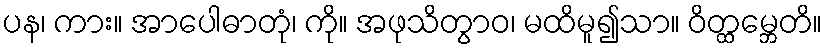
ပန၊ ကား။ အာပေါဓာတုံ၊ ကို။ အဖုသိတွာဝ၊ မထိမူ၍သာ။ ဝိတ္ထမ္ဘေတိ။